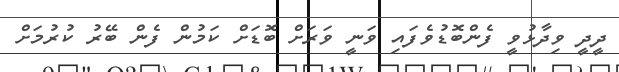
ދީދީ ވިދާޅުވީ ފެންބޮޑުވެފައި ވަނީ ވަރަށް ބޮޑަށް ކަމުން ފެން ބޭރު ކުރުމަށް